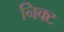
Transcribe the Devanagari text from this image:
निक्ट